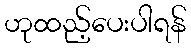
ဟုထည့်ပေးပါရန်